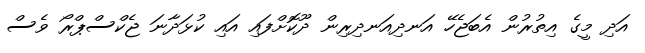
އަދި މީގެ އިތުރުން އެބަޖެހޭ އަނދިއަނދިރިން ދޫކޮށްފައި އައި ކުޅަދާނަ ޖެކްސްޕްރޯ ވެސް